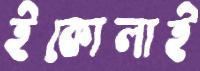
ইকোলাই